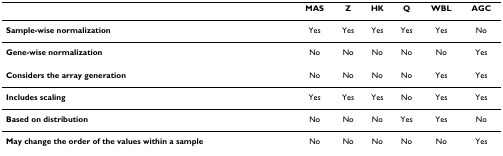
<table><thead><tr><td></td><td><b>MAS</b></td><td><b>Z</b></td><td><b>HK</b></td><td><b>Q</b></td><td><b>WBL</b></td><td><b>AGC</b></td></tr></thead><tbody><tr><td><b>Sample-wise normalization</b></td><td>Yes</td><td>Yes</td><td>Yes</td><td>Yes</td><td>Yes</td><td>No</td></tr><tr><td><b>Gene-wise normalization</b></td><td>No</td><td>No</td><td>No</td><td>No</td><td>No</td><td>Yes</td></tr><tr><td><b>Considers the array generation</b></td><td>No</td><td>No</td><td>No</td><td>No</td><td>Yes</td><td>Yes</td></tr><tr><td><b>Includes scaling</b></td><td>Yes</td><td>Yes</td><td>Yes</td><td>No</td><td>Yes</td><td>Yes</td></tr><tr><td><b>Based on distribution</b></td><td>No</td><td>No</td><td>No</td><td>Yes</td><td>Yes</td><td>No</td></tr><tr><td><b>May change the order of the values within a sample</b></td><td>No</td><td>No</td><td>No</td><td>No</td><td>No</td><td>Yes</td></tr></tbody></table>